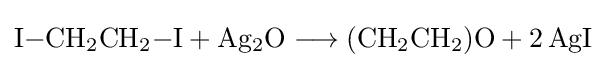
{\mathrm {I} {-}\mathrm {CH} {\vphantom {A}}_{\smash[{t}]{2}}\mathrm {CH} {\vphantom {A}}_{\smash[{t}]{2}}{-}\mathrm {I} {}+{}\mathrm {Ag} {\vphantom {A}}_{\smash[{t}]{2}}\mathrm {O} {}\mathrel {\longrightarrow } {}(\mathrm {CH} {\vphantom {A}}_{\smash[{t}]{2}}\mathrm {CH} {\vphantom {A}}_{\smash[{t}]{2}})\mathrm {O} {}+{}2\,\mathrm {AgI} }